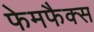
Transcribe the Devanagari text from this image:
फेमफैक्स